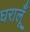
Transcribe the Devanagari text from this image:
घरालूँ